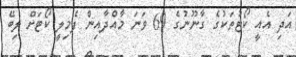
އަދި އެއީ ކޯޓުތަކުގެ ގާނޫނުގެ 69 ވަނަ މާއްދާއިން ފެމިލީ ކޯޓަށް ލިބޭ